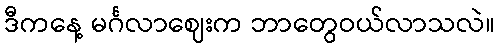
ဒီကနေ့ မင်္ဂလာဈေးက ဘာတွေဝယ်လာသလဲ။